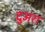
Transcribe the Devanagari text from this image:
दुअरा